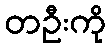
တဦးကို